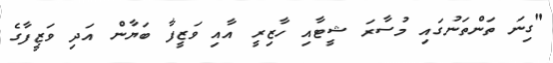
"ގިނަ ތަންތަނުގައި މުސާރަ ޝީޓާއި ހާޒިރީ އާއި ވަޒީފާ ބަޔާން އަދި ވަޒީފާގެ